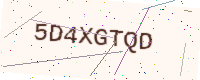
Text: 5D4XGTQD